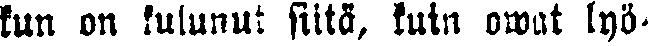
kun on kulunut siitä, kuin owat lyö-